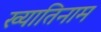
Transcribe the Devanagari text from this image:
ख्यातिनाम